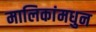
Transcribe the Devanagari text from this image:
मालिकांमधुन